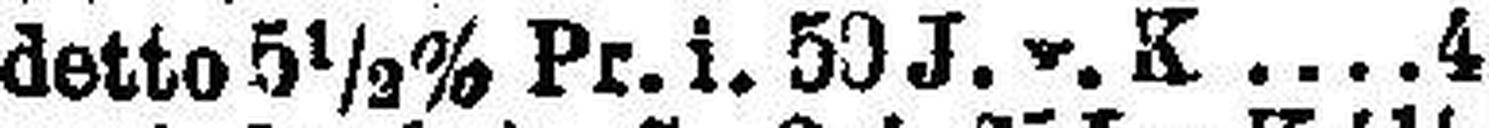
detto 5½% Pr. i. 50 J. v. K 4